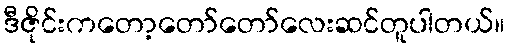
ဒီဇိုင်းကတော့တော်တော်လေးဆင်တူပါတယ်။